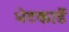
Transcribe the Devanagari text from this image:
भेटकार्डे